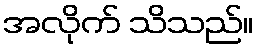
အလိုက် သိသည်။